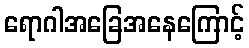
ရောဂါအခြေအနေကြောင့်